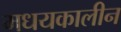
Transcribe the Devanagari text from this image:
मधयकालीन